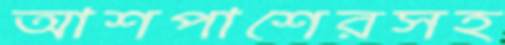
আশপাশেরসহ